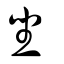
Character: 坐